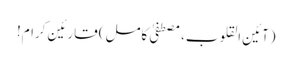
(آئین القلوب، مصطفیٰ کامل) قارئین کرام!